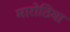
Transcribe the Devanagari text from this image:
मारोठिया